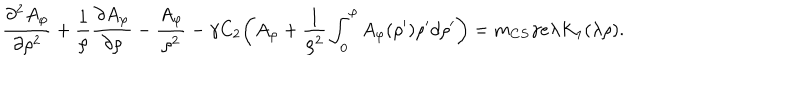
\frac { \partial ^ { 2 } A _ { \varphi } } { \partial \rho ^ { 2 } } + \frac { 1 } { \rho } \frac { \partial A _ { \varphi } } { \partial \rho } - \frac { A _ { \varphi } } { \rho ^ { 2 } } - \gamma C _ { 2 } \bigg ( A _ { \varphi } + \frac { 1 } { \rho ^ { 2 } } \int _ { 0 } ^ { \rho } A _ { \varphi } ( \rho ^ { \prime } ) \rho ^ { \prime } d \rho ^ { \prime } \bigg ) = m _ { C S } \gamma e \lambda K _ { 1 } ( \lambda \rho ) .